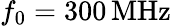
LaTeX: f_{0}=300\, \mathrm{MHz}